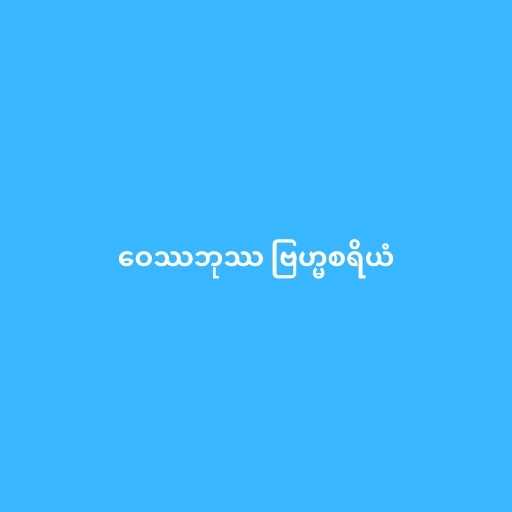
ဝေဿဘုဿ ဗြဟ္မစရိယံ